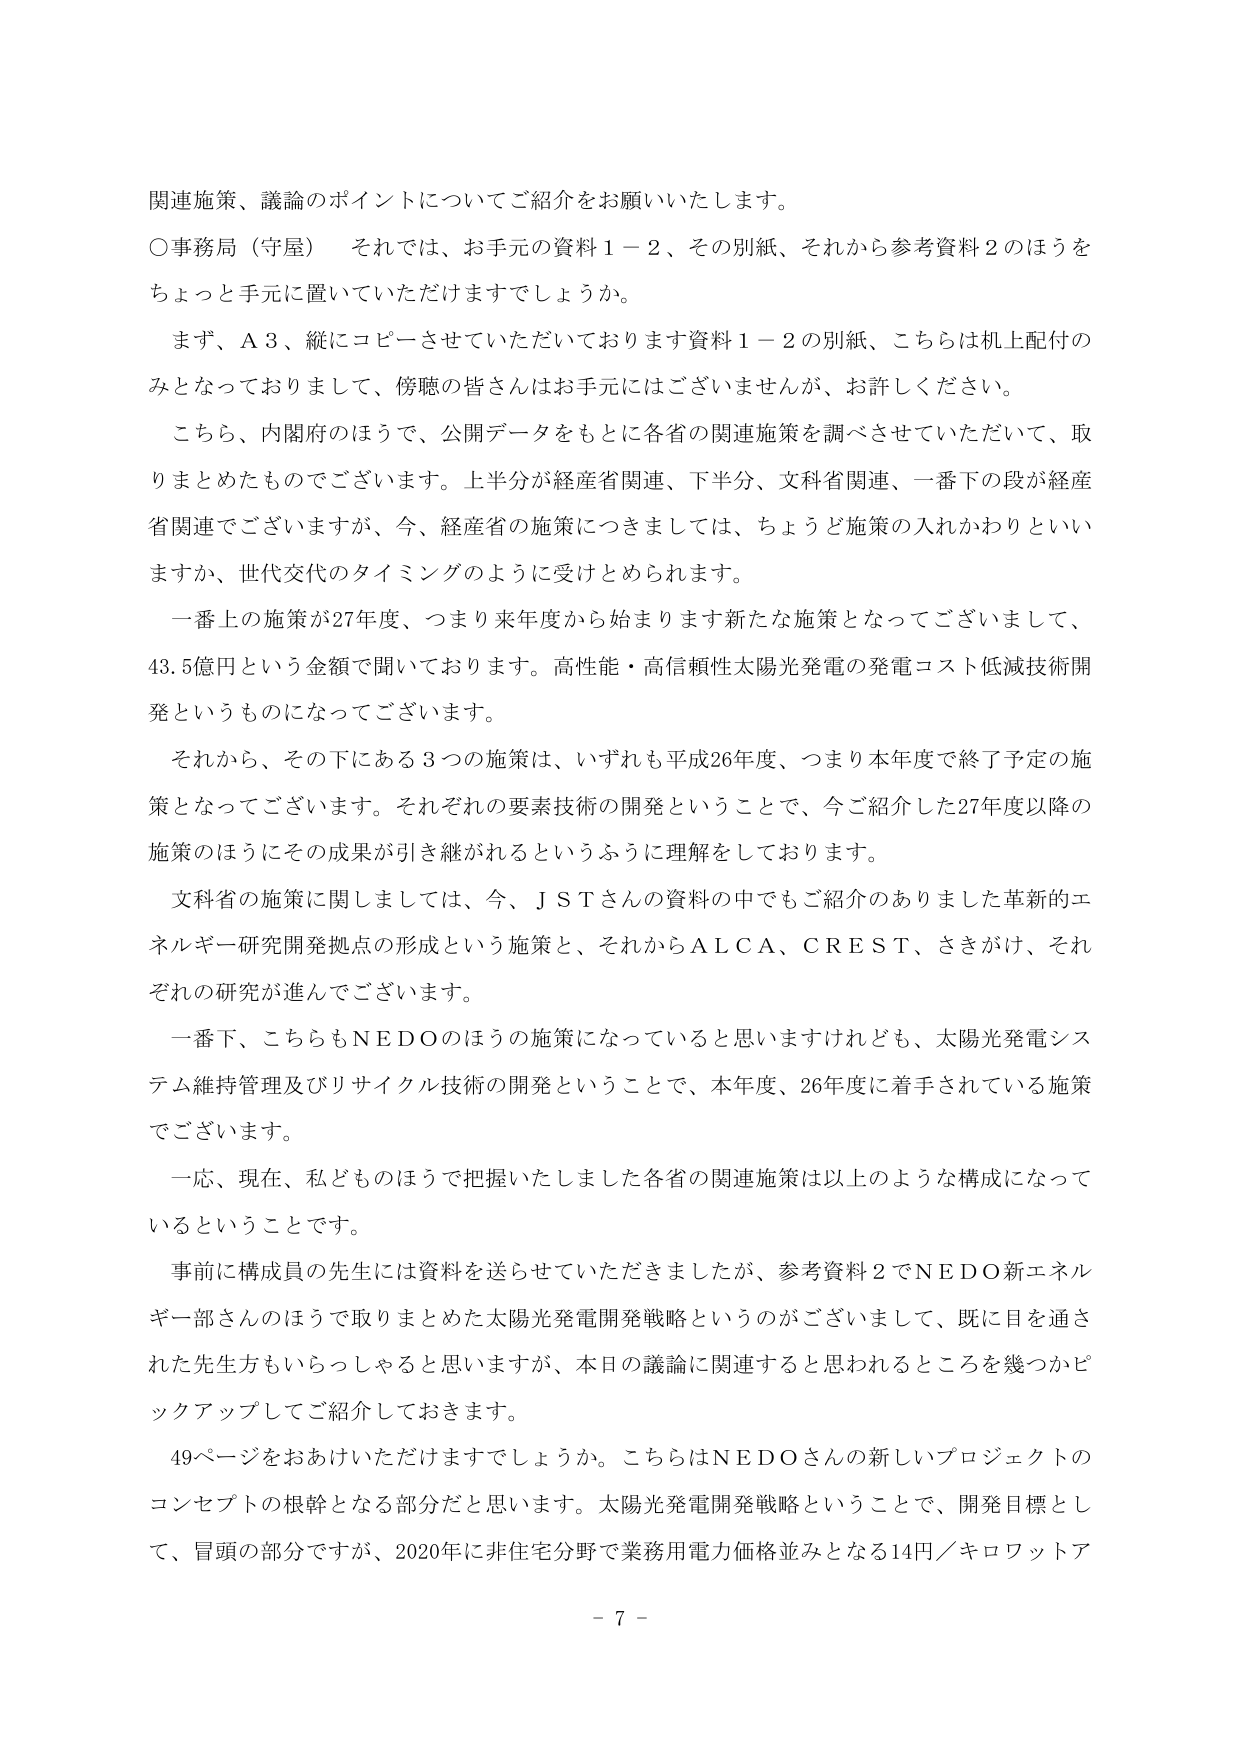
関連施策、議論のポイントについてご紹介をお願いいたします。

○事務局（守屋）　それでは、お手元の資料１－２、その別紙、それから参考資料２のほうをちょっと手元に置いていただけますでしょうか。

　まず、Ａ３、縦にコピーさせていただいております資料１－２の別紙、こちらは机上配付のみとなっておりまして、傍聴の皆さんはお手元にはございませんが、お許しください。

　こちら、内閣府のほうで、公開データをもとに各省の関連施策を調べさせていただいて、取りまとめたものでございます。上半分が経産省関連、下半分、文科省関連、一番下の段が経産省関連でございますが、今、経産省の施策につきましては、ちょうど施策の入れかわりといいますか、世代交代のタイミングのように受けとめられます。

　一番上の施策が27年度、つまり来年度から始まります新たな施策となってございまして、43.5億円という金額で聞いております。高性能・高信頼性太陽光発電の発電コスト低減技術開発というものになってございます。

　それから、その下にある３つの施策は、いずれも平成26年度、つまり本年度で終了予定の施策となってございます。それぞれの要素技術の開発ということで、今ご紹介した27年度以降の施策のほうにその成果が引き継がれるというふうに理解をしております。

　文科省の施策に関しましては、今、ＪＳＴさんの資料の中でもご紹介のありました革新的エネルギー研究開発拠点の形成という施策と、それからＡＬＣＡ、ＣＲＥＳＴ、さきがけ、それぞれの研究が進んでございます。

　一番下、こちらもＮＥＤＯのほうの施策になっていると思いますけれども、太陽光発電システム維持管理及びリサイクル技術の開発ということで、本年度、26年度に着手されている施策でございます。

　一応、現在、私どものほうで把握いたしました各省の関連施策は以上のような構成になっているということです。

　事前に構成員の先生には資料を送らせていただきましたが、参考資料２でＮＥＤＯ新エネルギー部さんのほうで取りまとめた太陽光発電開発戦略というのがございまして、既に目を通された先生方もいらっしゃると思いますが、本日の議論に関連すると思われるところを幾つかピックアップしてご紹介しておきます。

　49ページをおあけいただけますでしょうか。こちらはＮＥＤＯさんの新しいプロジェクトのコンセプトの根幹となる部分だと思います。太陽光発電開発戦略ということで、開発目標として、冒頭の部分ですが、2020年に非住宅分野で業務用電力価格並みとなる14円／キロワットア

－ 7 －